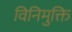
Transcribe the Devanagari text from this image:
विनिमुक्ति